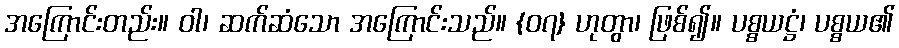
အကြောင်းတည်း။ ဝါ၊ ဆက်ဆံသော အကြောင်းသည်။ {၀၇} ဟုတွာ၊ ဖြစ်၍။ ပစ္စယဋ္ဌံ၊ ပစ္စယ၏